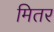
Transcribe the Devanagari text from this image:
मितर